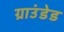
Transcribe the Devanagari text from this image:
ग्राउंडेड